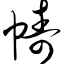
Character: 帱